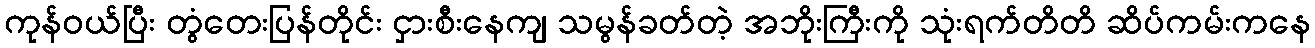
ကုန်ဝယ်ပြီး တွံတေးပြန်တိုင်း ငှားစီးနေကျ သမွန်ခတ်တဲ့ အဘိုးကြီးကို သုံးရက်တိတိ ဆိပ်ကမ်းကနေ